Document type: Sale
Year: 1451
Scribe: [Unknown]
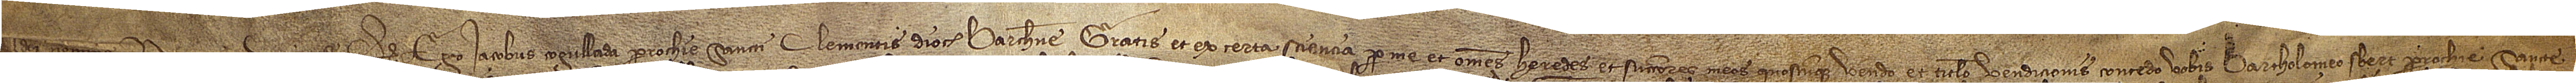
n Dei nomine. Noverint universi quod ego Iacobus Cogullada, parrochie Sancti Clementis, diocesis Barchinone, gratis et ex certa sciencia per me et omnes heredes et successores meos quoscumque vendo et titulo vendicionis concedo vobis Bartholomeo Sbert, parrochie Sancte